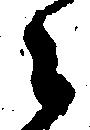
々